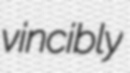
vincibly